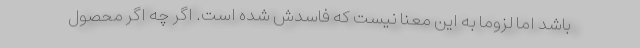
باشد اما لزوما به این معنا نیست که فاسدش شده است. اگر چه اگر محصول